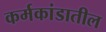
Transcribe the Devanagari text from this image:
कर्मकांडातील